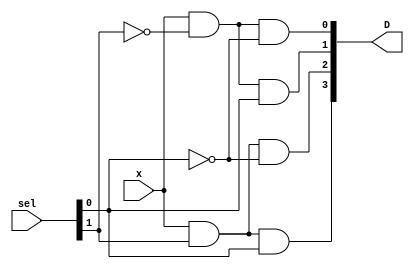
// 1:4 DE-MUX using Structural Model
// Created by Nitheesh Kumar - Aug 01 2020

module DeMux_1x4_str (
	input x,
	input [1:0] sel,
	output [3:0] D);

and A1 (D[0],x,~sel[1],~sel[0]);
and A2 (D[1],x,~sel[1],sel[0]);
and A3 (D[2],x,sel[1],~sel[0]);
and A4 (D[3],x,sel[1],sel[0]);

endmodule